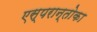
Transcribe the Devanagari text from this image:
एस्परान्तोका